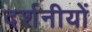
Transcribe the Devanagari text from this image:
दर्शनीयों